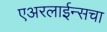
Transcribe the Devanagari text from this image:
एअरलाईन्सचा